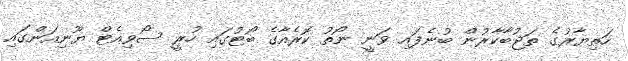
ހަތިޔާރުގެ ތަޖުބާކާރުން ބުނެފައި ވަނީ ނޯތު ކޮރެއާގެ ބޯޓުގައި ހުރީ ސޯވިއެޓް ޔޫނިއަންގައި